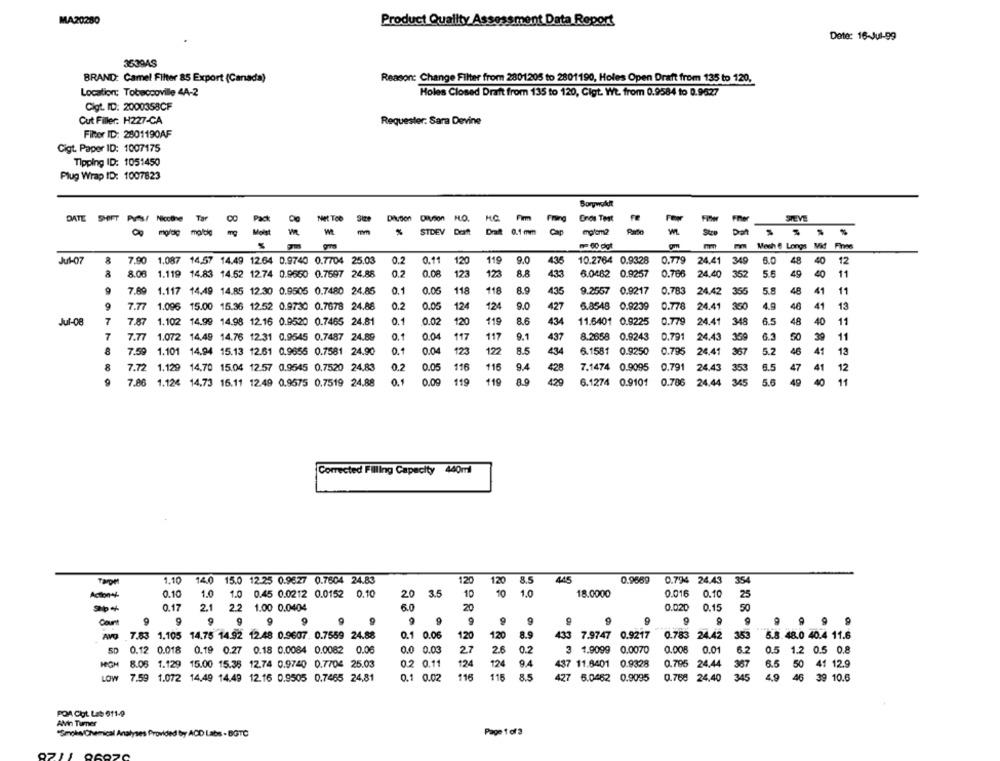
MA20280
Product Quality Assessment Data Report
Date: 16-Jul-99
3539AS
BRAND: Camel Filter 85 Export (Canada)
Reason: Change Filter from 2801205 to 2801190, Holes Open Draft from 135 to 120.
Location; Tobaccoville 4A-2
Holes Closed Draft from 135 to 120, Cigt. Wt. from 0.9584 to 0.9627
Cigt. ID: 2000358CF
Cut Filler: H227-CA
Requester. Sara Devine
Filter ID: 2801190AF
Cigt. Paper ID: 1007175
Tipping ID: 1051450
Plug Wrap ID: 1007823
Borywollt
DATE
SHIFT Pufs! Nicotine
Tar
Net Tob
Size
Dilution Dilution
NO.
Firm
Cnos Test
STEVE
Pact
molde malde
8 F
Most
m
mm
%
STDEV
Dat
0.1 mm
Cap
malom2
Dat
mm Mesh & Longs Vid Fines
Jul-07
8
7.90
1.087 14,57 14.49 12.64 0.9740 0.7704 25.03
0.2
0.11
120
119
9.0
435
10.2764 0.9328
0.779
24.41 349
6.0 48
40
12
8.08 1.119 14.83 14.52 12.74 0.9650 0.7597 24.88
0.2
0.08
123
123
8.8
433
6.0462 0.9257
0.766 24.40
352
5.6
49
40
11
0.1
118
118
8.9
435
355
5.8
48
41
7.89 1.117 14.49 14.85 12.30 0.9505 0.7480 24.85
0.05
9.2557 0.9217 0.783 24.42
9
0.2
124
9.0
427
0.778
360
4.9
41
7.77
1.096 15.00 15.36 12.52 0.9730 0.7678 24.88
0.05
124
5.8548 0.9239
24.41
46
13
119
8.6
Jul-08
7
7.87
1.102 14.99 14.98 12.16 0.9520 0.7465 24.81
0.1
0.02
120
434
11.6401 0.9225
0.779
24.41 348
48
40
11
7
0.1
117
437
8.2658 0.9243
0.791
24.43
339
6.3
50
39
11
7.77
1.072 14.49 14.76 12.31 0.9545 0.7487 24.89
0.04
117
8
7.59
1.101 14.94 15.13 12.61 0.9655 0.7581 24.90
0.1
0.04
123
122
8.5
434
6.1581 0.9250
0.795
24.41
367
5.2
46
41
13
9.4
$28
0.791
353
47
41
8
7.72
1.129 14.70 15.04 12.57 0.9545 0.7520 24.83
0.2
0.05
116
115
7.1474 0.9095
24.43
12
9
7.86
1.124 14.73 16.11 12.49 0.9575 0.7519 24.88
0.1
0.09
119
119
8.9
429
6.1274 0.9101
0.786
24.44 345
5.6
49
40
11
Corrected Filling Capacity 440ml
445
354
Tarpet
1.10
14.0 15.0 12.25 0.9627 0.7604 24.83
120
120
8.5
0.9669
0.794 24.43
0.10
1.0
1.0 0.45 0.0212 0.0152 0.10
20
3.5
10
10
1.0
18.0000
0.016
0.10
25
0.17
2.1
2.2 1.00 0.0404
6.0
20
0.020
0.15
50
Count
9
9
9
7.83 1.105 14.75 14.92 12.48 0.9607. 0.7559 24.88
0.1
120
120
8.9
433 7.9747 0.9217
0.783 24.42
3553
5.8.48.0 40.4 11.6
0.12 0.018
0.19 0.27 0.18 0.0084 0.0082 0.06
2.7
2.6
0.2
3 1.9099
0.0070
0.008
0.01
6.2
0.5 1.2 0.5 0.8
124
124
9.4
0.9328
0.795 24.44
HIGH
8.06 1.129 15.00 15.35 12.74 0.9740 0.7704 25.03
0.2
437 11.6401
367
6.5 50 41 12.9
LOW
7.59 1.072 14,49 14.49 12.16 0.9505 0.7465 24,81
0.1 0.02
116
116
8.5
427 6.0462 0.9095
0.768 24,40
345
49
46 39 10.6
POR Ciot. Les 611-9
Alvin Tumer
"Smoke/Chemical Analyses Provided by AOD Labs . BGTC
Page 1 of 3
9211 96020